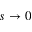
s \rightarrow 0